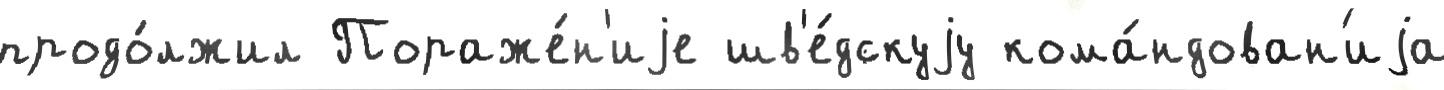
продо́лжил Пораже́н'иjе шв'е́дскуjу кома́ндован'иjа